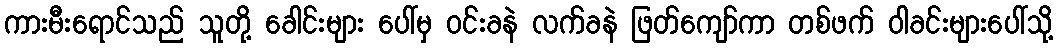
ကားမီးရောင်သည် သူတို့ ခေါင်းများ ပေါ်မှ ဝင်းခနဲ လက်ခနဲ ဖြတ်ကျော်ကာ တစ်ဖက် ဝါခင်းများပေါ်သို့